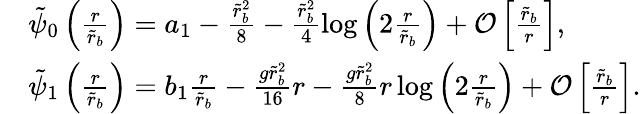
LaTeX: \begin{array}{rl}&{\tilde{\psi}_{0}\left(\frac{r}{\tilde{r}_{b}}\right)=a_{1}-\frac{\tilde{r}_{b}^{2}}{8}-\frac{\tilde{r}_{b}^{2}}{4}\log\left(2\frac{r}{\tilde{r}_{b}}\right)+\mathcal{O}\left[\frac{\tilde{r}_{b}}{r}\right],}\\ &{\tilde{\psi}_{1}\left(\frac{r}{\tilde{r}_{b}}\right)=b_{1}\frac{r}{\tilde{r}_{b}}-\frac{g\tilde{r}_{b}^{2}}{16}r-\frac{g\tilde{r}_{b}^{2}}{8}r\log\left(2\frac{r}{\tilde{r}_{b}}\right)+\mathcal{O}\left[\frac{\tilde{r}_{b}}{r}\right].}\end{array}